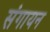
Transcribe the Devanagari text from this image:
संगायन